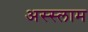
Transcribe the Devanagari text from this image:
अस्‍स्‍लाम